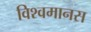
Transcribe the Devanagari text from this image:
विश्वमानस